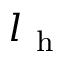
l _ { \mathrm { ~ h ~ } }